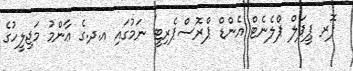
ފޮރ ޕީޕަލް ޕްލެނެޓް އެންޑް ޕްރޮސްޕެރިޓީ' ނަމުގައި އ.ދ.ގެ ޢާންމު މަޖިލީހުގެ